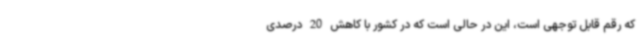
که رقم قابل توجهی است، این در حالی است که در کشور با کاهش 20 درصدی